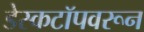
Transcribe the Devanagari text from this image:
डेस्कटॉपवरून